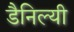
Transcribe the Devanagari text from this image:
डैनिल्यी